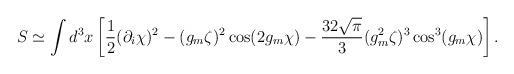
LaTeX: \begin{align*}S\simeq\int d^3x\left[\frac12(\partial_i\chi)^2-(g_m\zeta)^2\cos(2g_m\chi)-\frac{32\sqrt{\pi}}{3}(g_m^2\zeta)^3\cos^3(g_m\chi)\right].\end{align*}